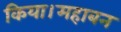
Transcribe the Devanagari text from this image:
किया।महाबन